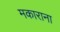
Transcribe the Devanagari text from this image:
मकाराना